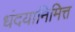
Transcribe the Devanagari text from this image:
धंदयानिमित्त्‍ा